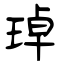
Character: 琸